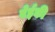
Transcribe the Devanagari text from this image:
बेईकी